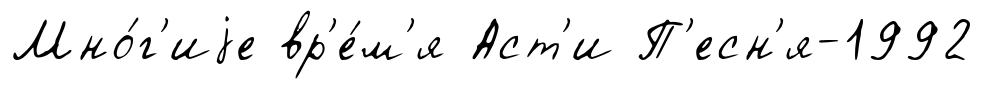
Мно́г'иjе вр'е́м'я Аст'и П'есн'я-1992